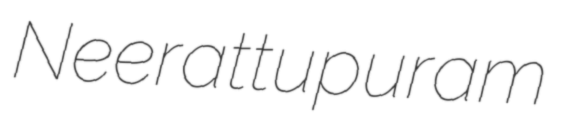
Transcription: Neerattupuram